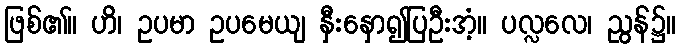
ဖြစ်၏။ ဟိ၊ ဥပမာ ဥပမေယျ နှီးနှော၍ပြဦးအံ့။ ပလ္လလေ၊ ညွန်၌။